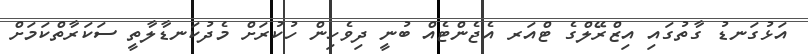
އަޅުގަނޑު ގާތުގައި އިޒްރޭލްގެ ޓްއަރ އެޖެންޓެއް ބުނީ ދިވެހިން ހުކުރަށް މެދުކަނޑާލާތީ ސަކަރާތްކަމަށް